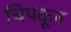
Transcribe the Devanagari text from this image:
चिपकून